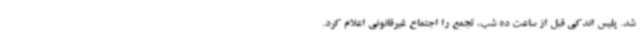
شد. پلیس اندکی قبل از ساعت ده شب، تجمع را اجتماع غیرقانونی اعلام کرد.